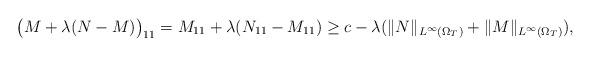
LaTeX: \begin{align*} \big(M+\lambda(N-M)\big)_{11} =M_{11}+\lambda(N_{11}-M_{11}) \geq c-\lambda(\|N\|_{L^{\infty}(\Omega_T)}+\|M\|_{L^\infty(\Omega_T)}),\end{align*}